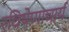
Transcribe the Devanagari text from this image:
रविषेणाचार्य